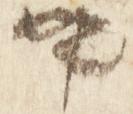
卿